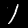
Digit: 1